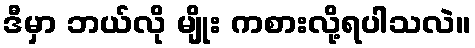
ဒီမှာ ဘယ်လို မျိုး ကစားလို့ရပါသလဲ။